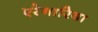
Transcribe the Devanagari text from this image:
एरेनारिया